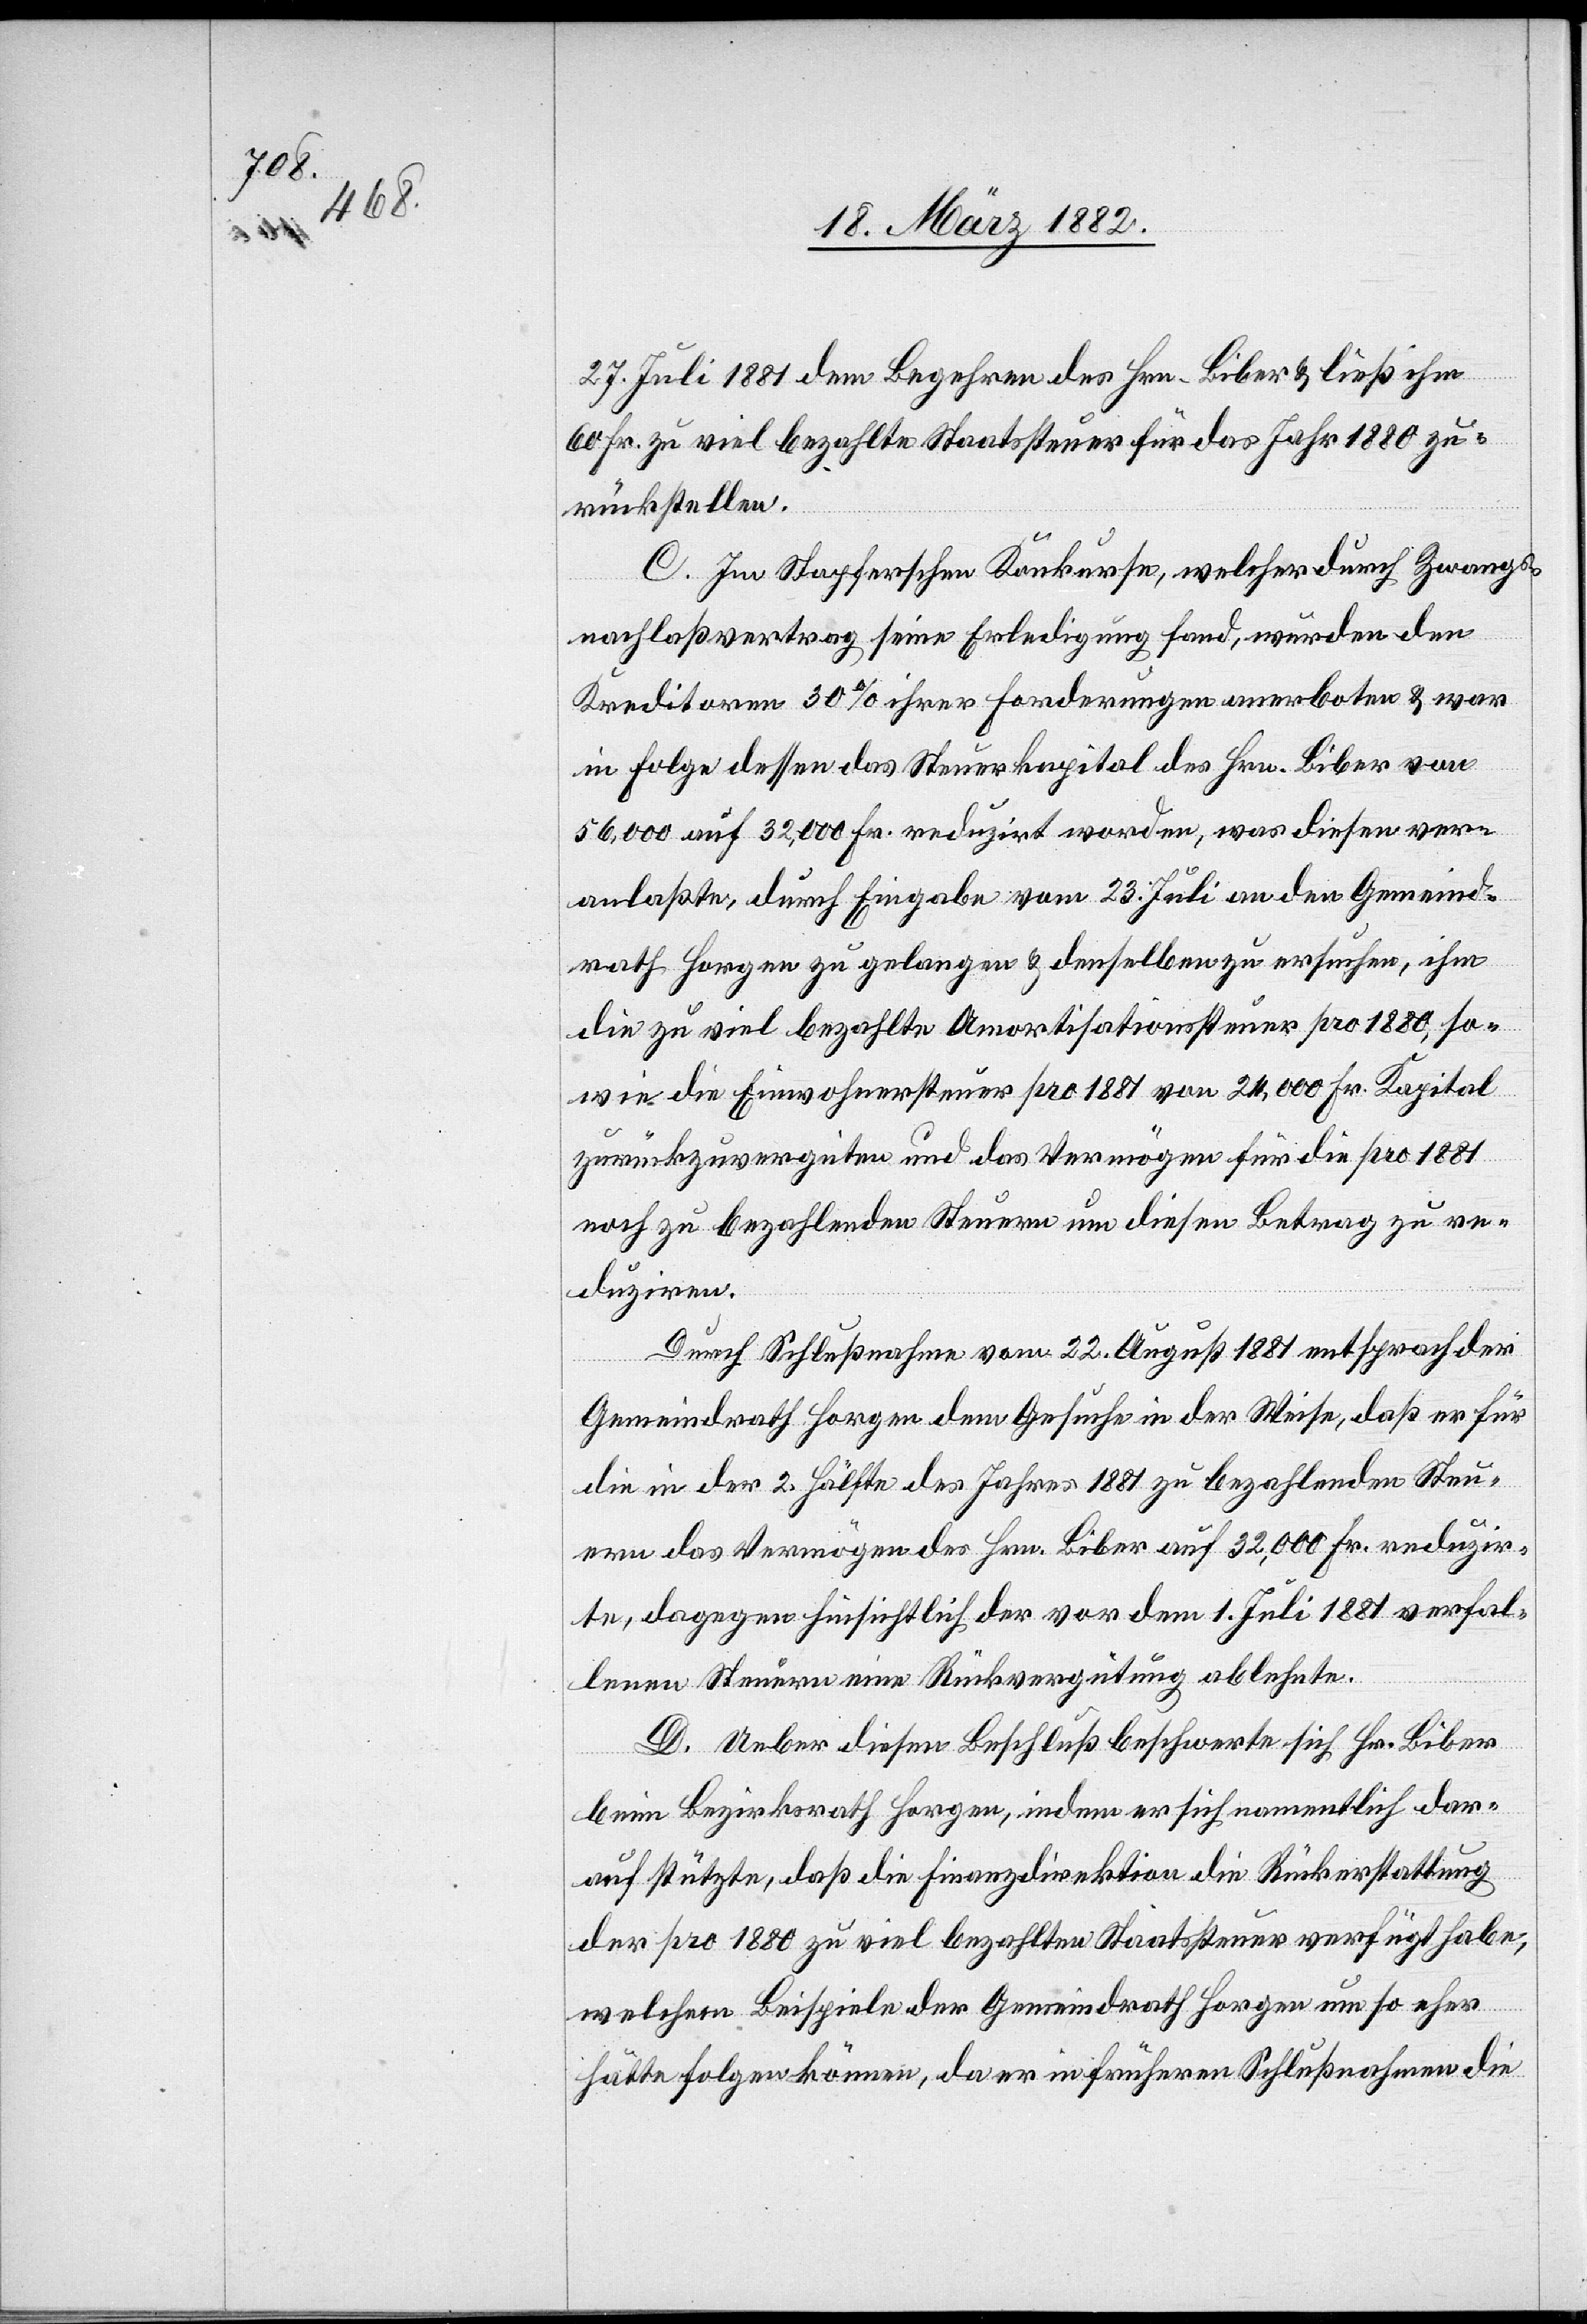
27. Juli 1881 dem Begehren des Hrn. Biber & ließ ihm
60 Fr. zu viel bezahlte Staatssteuern für das Jahr 1880 zu¬
rückerstatten.
C. Im Stapferschen Konkurse, welcher durch Zwangs¬
nachlaßvertrag seine Erledigung fand, wurden den
Kreditoren 30% ihrer Forderungen anerboten & war
in Folge dessen das Steuerkapital des Hrn. Biber von
56,000 auf 32,000 Fr. reduzirt worden, was diesen ver¬
anlaßte, durch Eingabe vom 23. Juli an den Gemeind¬
rath Horgen zu gelangen & denselben zu ersuchen, ihm
die zu viel bezahlte Amortisationssteuer pro 1880, so¬
wie die Einwohnersteuer pro 1881 von 24,000 Fr. Kapital
zurückzuvergüten und das Vermögen für die pro 1881
noch zu bezahlenden Steuern um diesen Betrag zu re¬
duziren.
Durch Schlußnahme vom 22. August 1881 entsprach der
Gemeindrath Horgen dem Gesuche in der Weise, daß er für
die in der 2. Hälfte des Jahres 1881 zu bezahlenden Steu¬
ern das Vermögen des Hrn. Biber auf 32,000 Fr. reduzir¬
te, dagegen hinsichtlich der von dem 1. Juli 1881 verfal¬
lenen Steuern eine Rückvergütung ablehnte.
D. Ueber diesen Beschluß beschwerte sich Hr. Biber
beim Bezirksrathe Horgen, indem er sich namentlich dar¬
auf stützte, daß die Finanzdirektion die Rückerstattung
der pro 1880 zu viel bezahlten Staatssteuer verfügt habe,
welchem Beispiele der Gemeindrath Horgen um so eher
hätte folgen können, da er in früheren Schlußnahmen die